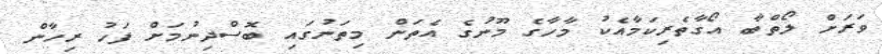
ވަރަށް ލޯތްބާ އޯގާތެރިކަމާއެކު މާހާގެ މޫނުގެ އެތަން މިތަނުގައި ބޮސްދިނުމަށް ފަހު ރިހާން